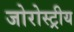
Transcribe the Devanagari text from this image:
जोरोस्ट्रीय